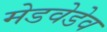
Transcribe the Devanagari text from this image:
मेडवेडेव